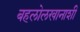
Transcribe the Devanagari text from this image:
बहलोलखानाशी